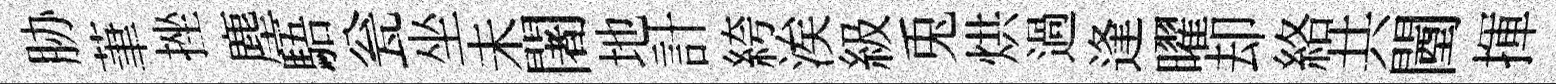
胁茟挫塵䮏瓮坐未闍地計絝涘級兎烘過逢曜却絡共闉揮